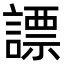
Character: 謤